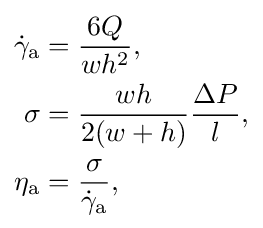
{\begin{aligned}{\dot {\gamma }}_{\text{a}}&={\frac {6Q}{wh^{2}}},\\\sigma &={\frac {wh}{2(w+h)}}{\frac {\Delta P}{l}},\\\eta _{\text{a}}&={\frac {\sigma }{{\dot {\gamma }}_{\text{a}}}},\end{aligned}}